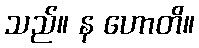
သည်။ န ဟောတိ။